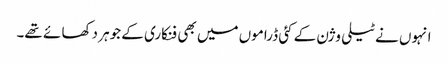
انہوں نے ٹیلی وژن کے کئی ڈراموں میں بھی فنکاری کے جوہر دکھا ئے تھے۔